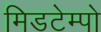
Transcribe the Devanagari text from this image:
मिडटेम्पो